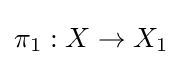
\pi _{1}:X\to X_{1}